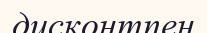
дисконтпен